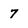
Character: 7